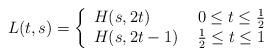
LaTeX: \begin{align*}L (t,s) = \left\{ \begin{array}{ll} H(s,2t) & \mbox{ $0\leq t \leq {1\over 2}$} \\ H(s, 2t - 1) & \mbox{ ${1\over 2} \leq t \leq 1$} \end{array} \right.\end{align*}